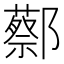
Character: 𬪝